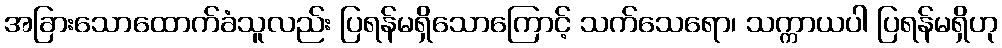
အခြားသောထောက်ခံသူလည်း ပြရန်မရှိသောကြောင့် သက်သေရော၊ သက္ကာယပါ ပြရန်မရှိဟု